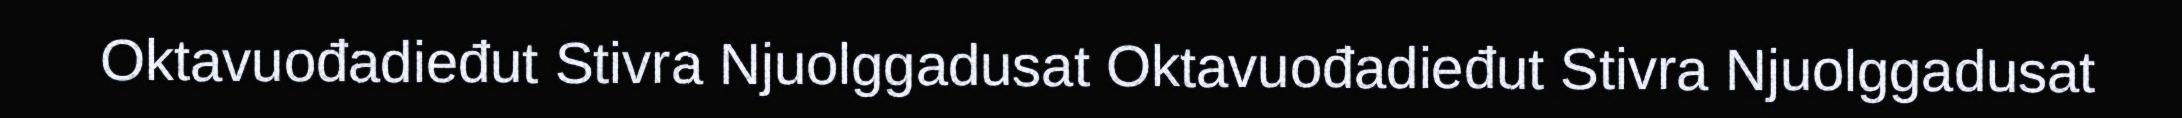
Oktavuođadieđut Stivra Njuolggadusat Oktavuođadieđut Stivra Njuolggadusat